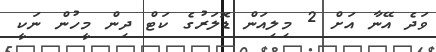
ވަދެ އޭނާ އަށް 2 މިލިއަން ޑޮލަރުގެ ކަޓް ދިން މީހުން ނަކީ